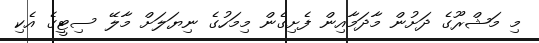
މި މަޝްރޫގެ ދަށުން މާދަމާއިން ފެށިގެން މިމަހުގެ ނިޔަލަށް މާލޭ ސިޓީގެ އެކި